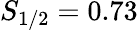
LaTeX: S_{1/2}=0.73